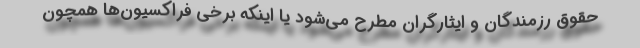
حقوق رزمندگان و ایثارگران مطرح می‌شود یا اینکه برخی فراکسیون‌ها همچون